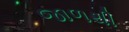
જાળથી